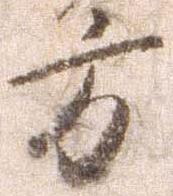
方